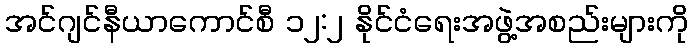
အင်ဂျင်နီယာကောင်စီ ၁၂:၂ နိုင်ငံရေးအဖွဲ့အစည်းများကို